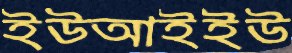
ইউআইইউ